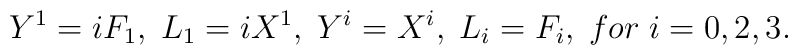
Y^1=iF_1,\;L_1=i X^1,\;Y^i=X^i,\;L_i =F_i,\;for\;i=0,2,3.